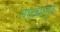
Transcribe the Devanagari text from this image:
नाट्यगुरू